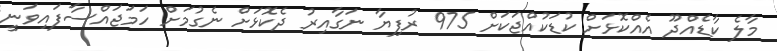
މާލެ ކާޑެއްދޫ އެއްކޮޅަށް ކުޑަކުއްޖަކަށް 975 ރުފިޔާ ނަގާއިރު ދެކޮޅަށް ނެގުމަށް ހަމަޖައްސާފައިވަނީ